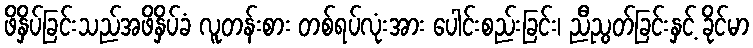
ဖိနှိပ်ခြင်းသည်အဖိနှိပ်ခံ လူတန်းစား တစ်ရပ်လုံးအား ပေါင်းစည်းခြင်း၊ ညီညွတ်ခြင်းနှင့် ခိုင်မာ